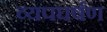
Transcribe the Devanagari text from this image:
व्यपघर्षण